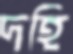
দহি